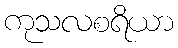
ကုသလစရိယာ